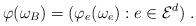
LaTeX: \begin{align*}\varphi(\omega_B) = (\varphi_e(\omega_e) : e \in \mathcal{E}^d)\ .\end{align*}